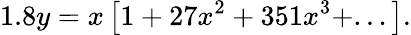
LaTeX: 1.8y=x\left[1+27x^{2}+351x^{3}+...\right].